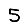
Digit: 5